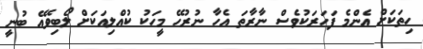
ހިތަކަށް އެންމެ ފަހަރަކުވެސް ނާރާތަ އެހާ ނުރުހޭ މީހަކު ކުއްލިއަކަށް ލޯބިވެއޭ ބުނީ